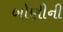
બોણીની